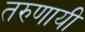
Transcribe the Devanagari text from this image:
तरुणायी